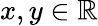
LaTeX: x,y\in\mathbb{R}